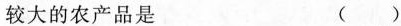
较大的农产品是 ( )